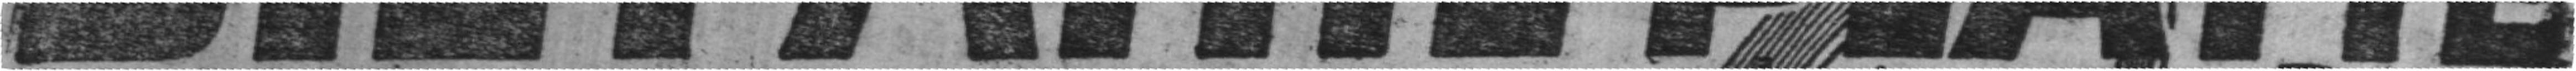
DIE PATHE PLATTE